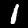
Label: 1